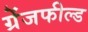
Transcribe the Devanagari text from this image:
ग्रेंजफील्ड